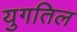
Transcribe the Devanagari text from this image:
युगतिल